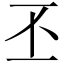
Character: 丕